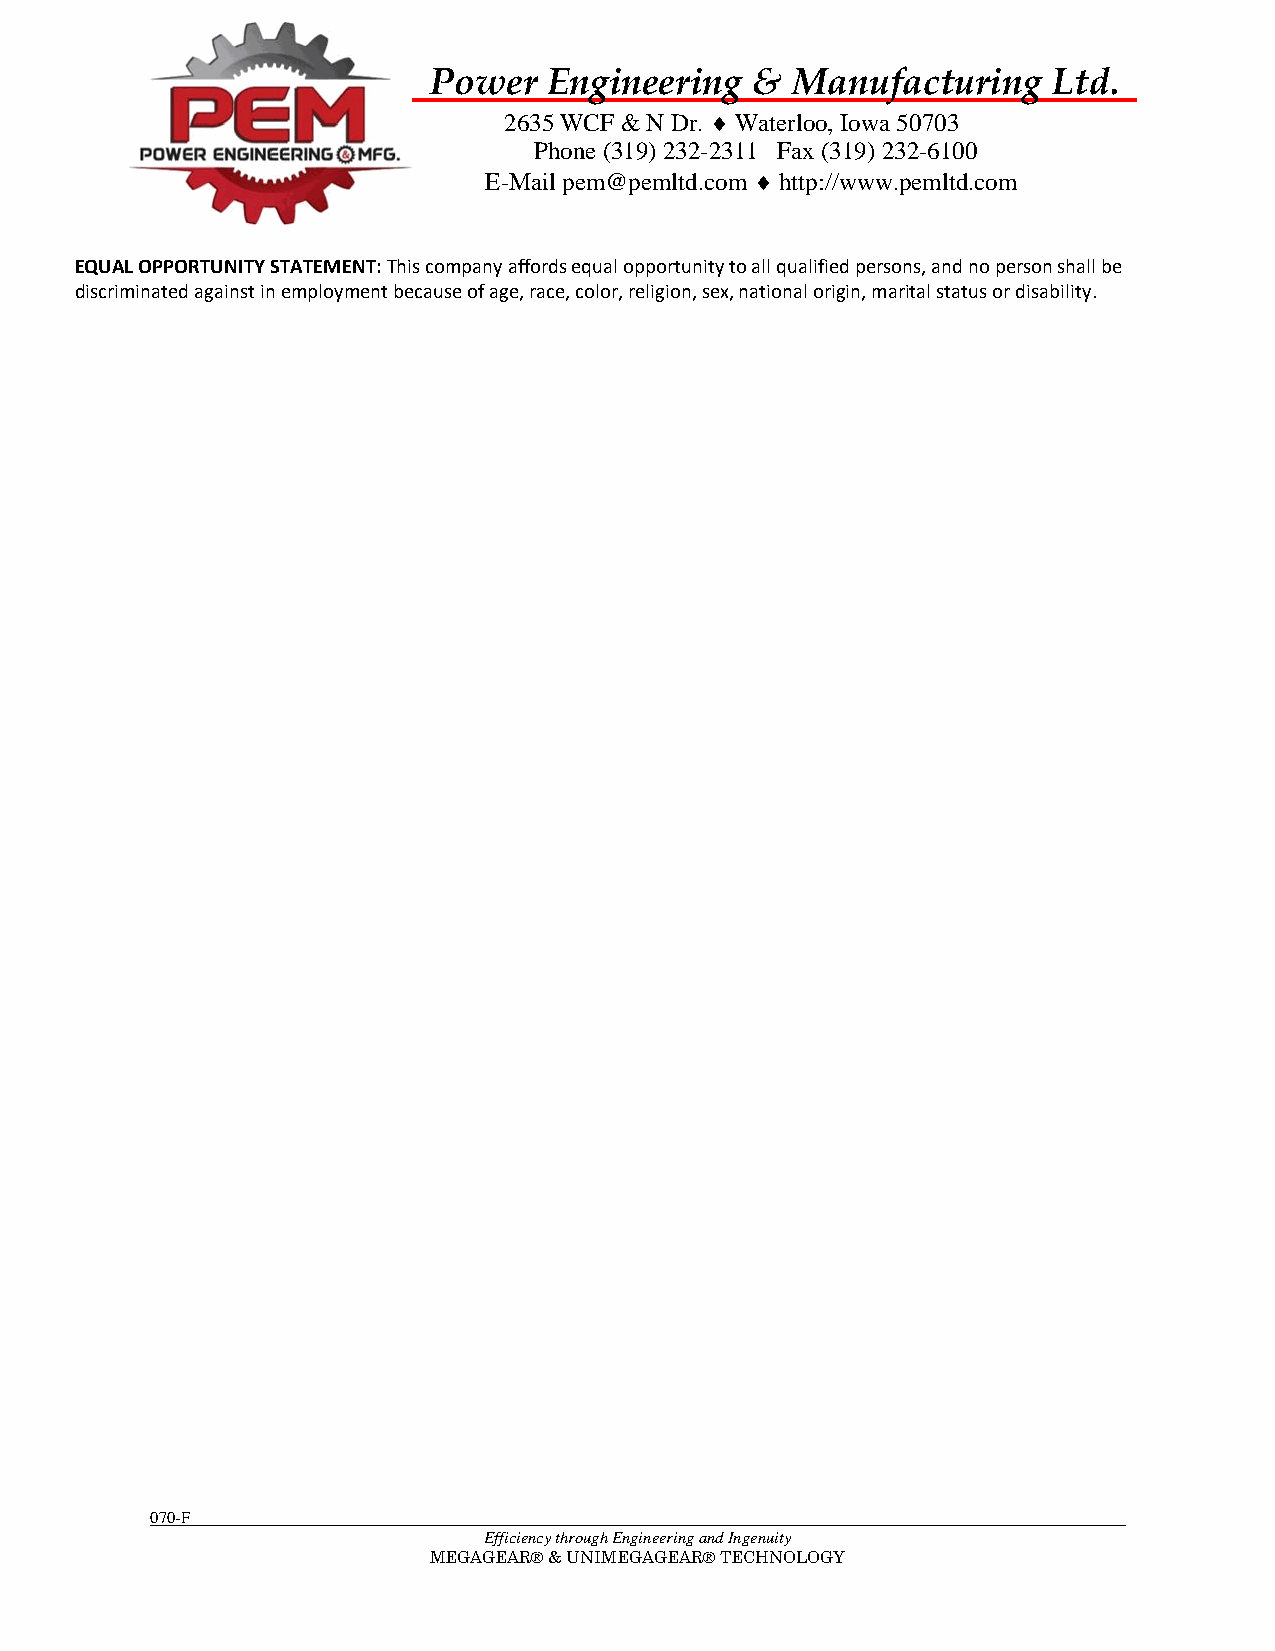
Power   Engineering   & Manufacturing     Ltd.
 2635 WCF & N Dr.  Waterloo, Iowa 50703
 Phone (319) 232-2311 Fax (319) 232-6100
 E-Mail pem@pemltd.com  http://www.pemltd.com
 EQUAL OPPORTUNITY STATEMENT: This company affords equal opportunity to all qualified persons, and no person shall be
 discriminated against in employment because of age, race, color, religion, sex, national origin, marital status or disability.
 070-F
 Efficiency through Engineering and Ingenuity
 MEGAGEAR® & UNIMEGAGEAR® TECHNOLOGY